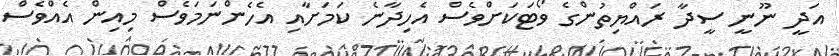
އަދީ ނޫނީ ސީދާ ރައްޔިތުންގެ ވޯޓަކަށްވެސް އެހިދާނެ ކަމަށާއި އެހެންނަމަވެސް މިއިން އެއްވެސް